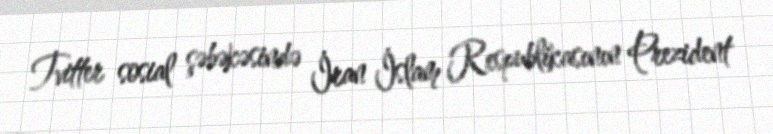
Tvitter sosial şəbəkəsində İran İslam Respublikasının Prezident